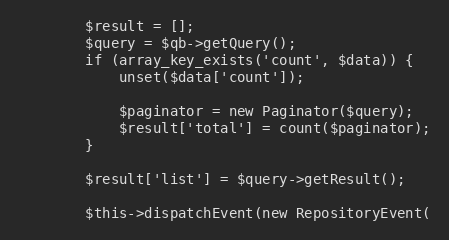
Language: PHP
        $result = [];
        $query = $qb->getQuery();
        if (array_key_exists('count', $data)) {
            unset($data['count']);

            $paginator = new Paginator($query);
            $result['total'] = count($paginator);
        }

        $result['list'] = $query->getResult();

        $this->dispatchEvent(new RepositoryEvent(